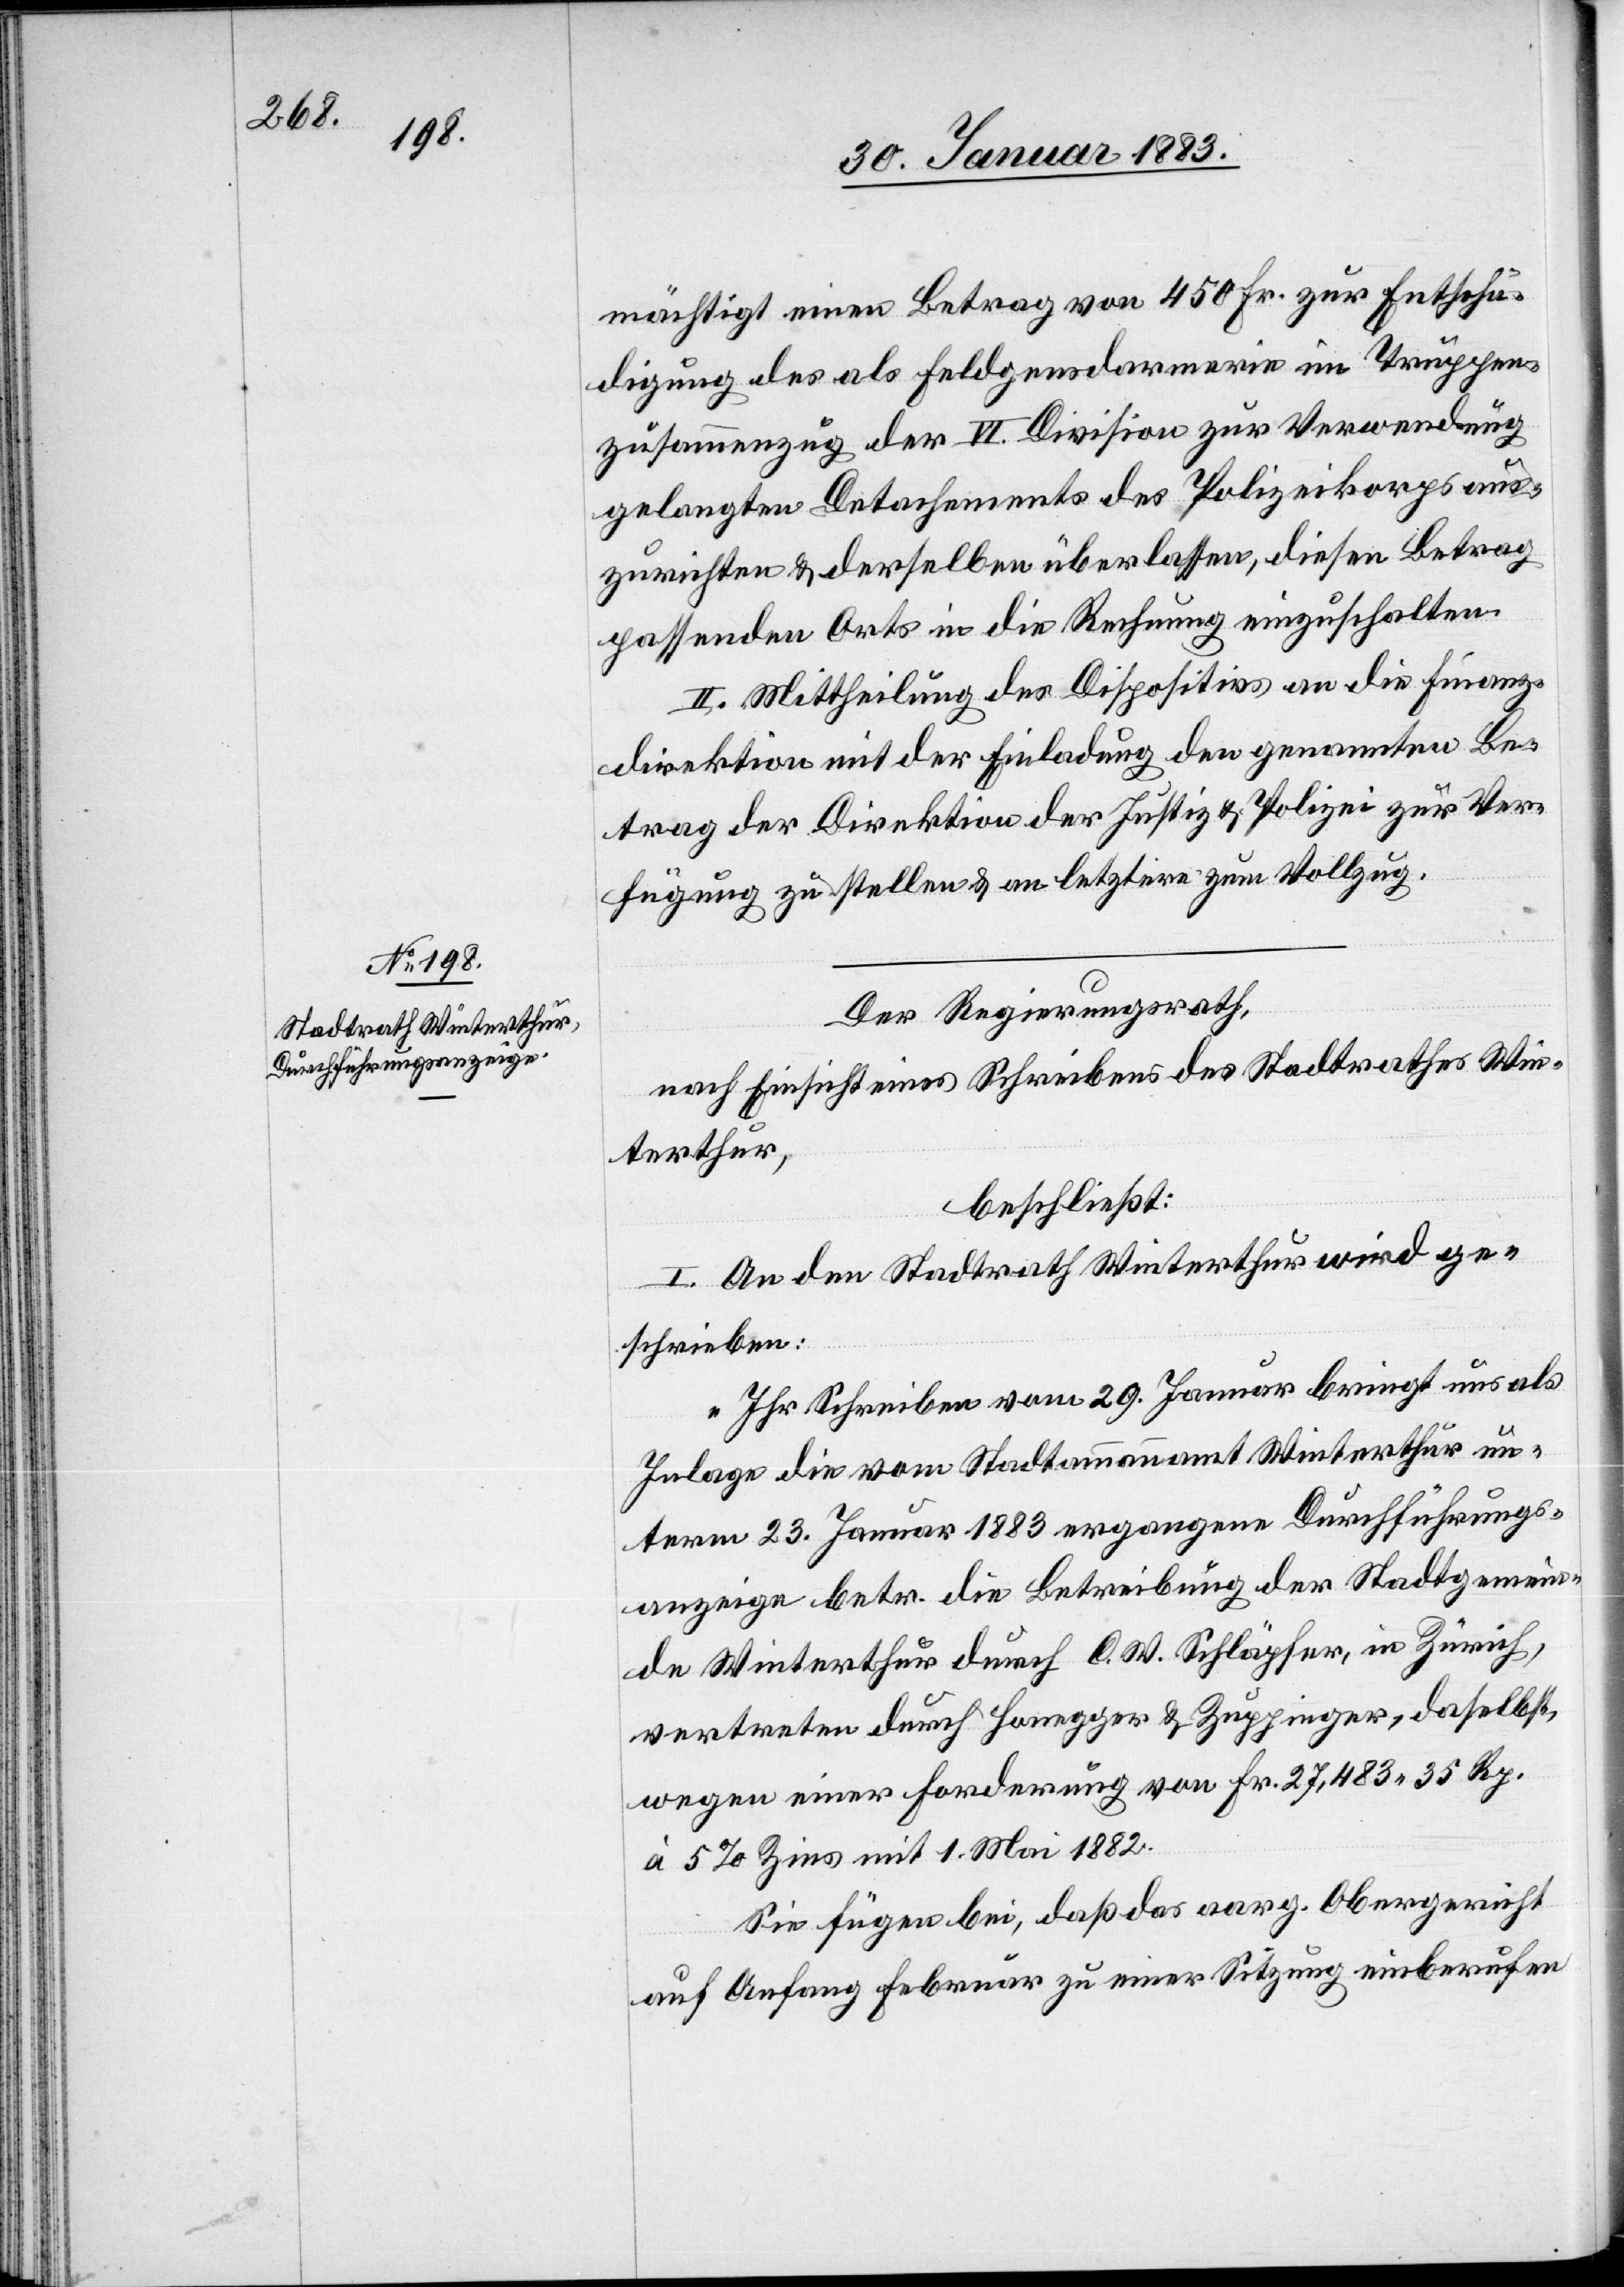
mächtigt einen Betrag von 450 Fr. zur Entschä¬
digung des als Feldgendarmerie im Truppen¬
zusammenzug der VI. Division zur Verwendung
gelangten Detachements des Polizeikorps aus¬
zurichten & derselben überlassen, diesen Betrag
passenden Orts in die Rechnung einzuschalten.
II. Mittheilung des Dispositivs an die Finanz¬
direktion mit der Einladung den genannten Be¬
trag der Direktion der Justiz & Polizei zur Ver¬
fügung zu stellen & an letztere zum Vollzug.
Der Regierungsrath,
nach Einsicht eines Schreibens des Stadtrathes Win¬
terthur,
beschließt:
I. An den Stadtrath Winterthur wird ge¬
schrieben:
„Ihr Schreiben vom 29. Januar bringt uns als
Inlage die vom Stadtammannamt Winterthur un¬
term 23. Januar 1883 ergangene Durchführungs¬
anzeige betr. die Betreibung der Stadtgemein¬
de Winterthur durch C. W. Schläpfer, in Zürich,
vertreten durch Honegger & Zuppinger, daselbst,
wegen einer Forderung von Fr. 27,483 35 Rp.
à 5% Zins mit 1. Mai 1882.
Sie fügen bei, daß das aarg. Obergericht
auf Anfang Februar zu einer Sitzung einberufen